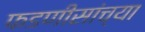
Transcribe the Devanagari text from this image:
फडणीसांच्या